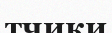
тчики